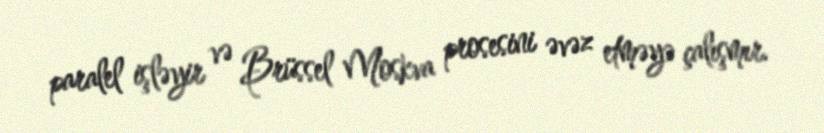
paralel işləyir və Brüssel Moskva prosesini əvəz etməyə çalışmır.